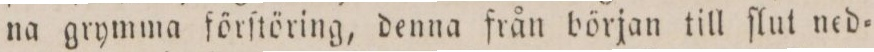
na grymma förſtöring, denna från början till ſlut ned=